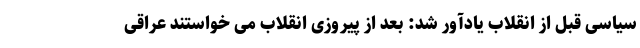
سیاسی قبل از انقلاب یادآور شد: بعد از پیروزی انقلاب می خواستند عراقی